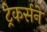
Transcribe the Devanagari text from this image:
ट्रेकर्सने